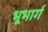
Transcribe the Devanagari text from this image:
भूभार्ग